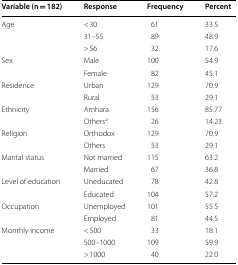
<table><thead><tr><td><b>Variable (n = 182)</b></td><td><b>Response</b></td><td><b>Frequency</b></td><td><b>Percent</b></td></tr></thead><tbody><tr><td rowspan="3">Age</td><td>&lt; 30</td><td>61</td><td>33.5</td></tr><tr><td>31–55</td><td>89</td><td>48.9</td></tr><tr><td>&gt; 56</td><td>32</td><td>17.6</td></tr><tr><td rowspan="2">Sex</td><td>Male</td><td>100</td><td>54.9</td></tr><tr><td>Female</td><td>82</td><td>45.1</td></tr><tr><td rowspan="2">Residence</td><td>Urban</td><td>129</td><td>70.9</td></tr><tr><td>Rural</td><td>53</td><td>29.1</td></tr><tr><td rowspan="2">Ethnicity</td><td>Amhara</td><td>156</td><td>85.77</td></tr><tr><td>Others<sup>a</sup></td><td>26</td><td>14.23</td></tr><tr><td rowspan="2">Religion</td><td>Orthodox</td><td>129</td><td>70.9</td></tr><tr><td>Others</td><td>53</td><td>29.1</td></tr><tr><td rowspan="2">Marital status</td><td>Not married</td><td>115</td><td>63.2</td></tr><tr><td>Married</td><td>67</td><td>36.8</td></tr><tr><td rowspan="2">Level of education</td><td>Uneducated</td><td>78</td><td>42.8</td></tr><tr><td>Educated</td><td>104</td><td>57.2</td></tr><tr><td rowspan="2">Occupation</td><td>Unemployed</td><td>101</td><td>55.5</td></tr><tr><td>Employed</td><td>81</td><td>44.5</td></tr><tr><td rowspan="3">Monthly income</td><td>&lt; 500</td><td>33</td><td>18.1</td></tr><tr><td>500–1000</td><td>109</td><td>59.9</td></tr><tr><td>&gt; 1000</td><td>40</td><td>22.0</td></tr></tbody></table>